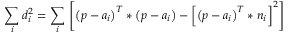
{ \underset { i } { \mathop { \sum } } } \, d _ { i } ^ { 2 } = { \underset { i } { \mathop { \sum } } } \, \left[ { { \left( p - { { a } _ { i } } \right) } ^ { T } } * \left( p - { { a } _ { i } } \right) - { { \left[ { { \left( p - { { a } _ { i } } \right) } ^ { T } } * { { n } _ { i } } \right] } ^ { 2 } } \right]